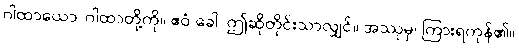
ဂါထာယော၊ ဂါထာတို့ကို။ ဧဝံ ခေါ၊ ဤဆိုတိုင်းသာလျှင်။ အဿုမှ၊ ကြားရကုန်၏။